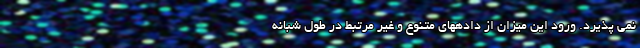
نمی پذیرد. ورود این میزان از دادههای متنوع و غیر مرتبط در طول شبانه